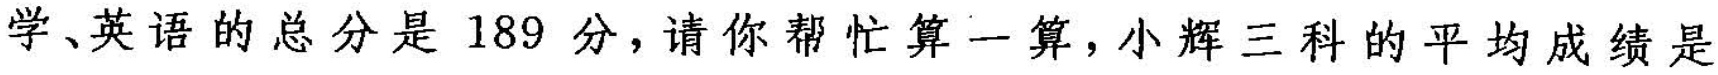
学、英语的总分是189分，请你帮忙算一算，小辉三科的平均成绩是